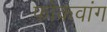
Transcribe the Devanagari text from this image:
फोकवांग